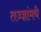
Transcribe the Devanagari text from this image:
तज्ज्ञांमधे